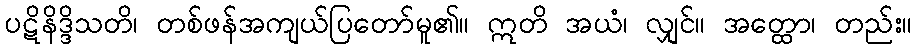
ပဋိနိဒ္ဒိသတိ၊ တစ်ဖန်အကျယ်ပြတော်မူ၏။ ဣတိ အယံ၊ လျှင်။ အတ္ထော၊ တည်း။